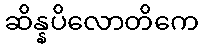
ဆိန္နပိလောတိကေ